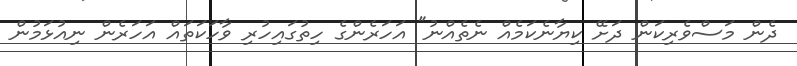
ދެން މަސްވެރިކަން ދަށޭ ކިޔާނެކަމެއް ނެތެއްނު" އަހަރެންގެ ހިތުގައިހުރި ވާހަކަތައް އަހަރެން ނިއުޅަމުން